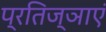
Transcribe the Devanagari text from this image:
प्रतिज्ञाएं